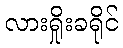
လားရှိုးခရိုင်